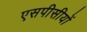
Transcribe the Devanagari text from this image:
एसपीसीयों